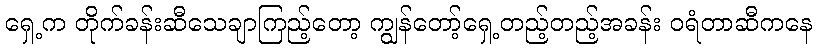
ရှေ့က တိုက်ခန်းဆီသေချာကြည့်တော့ ကျွန်တော့်ရှေ့တည့်တည့်အခန်း ဝရံတာဆီကနေ